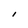
Character: l